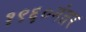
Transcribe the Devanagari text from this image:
१९६०नंतर